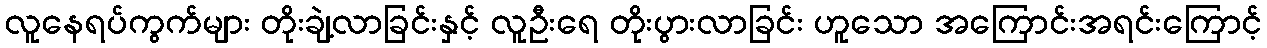
လူနေရပ်ကွက်များ တိုးချဲ့လာခြင်းနှင့် လူဦးရေ တိုးပွားလာခြင်း ဟူသော အကြောင်းအရင်းကြောင့်